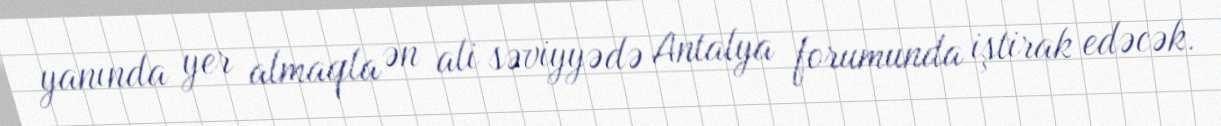
yanında yer almaqla ən ali səviyyədə Antalya forumunda iştirak edəcək.